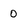
Character: o